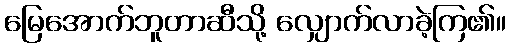
မြေအောက်ဘူတာဆီသို့ လျှောက်လာခဲ့ကြ၏။